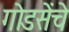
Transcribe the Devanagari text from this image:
गोडसेंचे